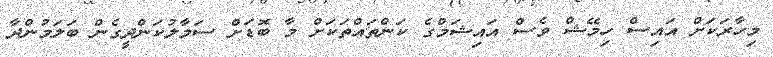
މިހާރަކަށް އައިސް ހިމޭޝް ވެސް އައިޝަމްގެ ކަންތައްތަކަށް މާ ބޮޑަށް ސަމާލުކަންދީގެން ބަލަމުންދާ